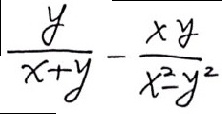
\frac { y } { x + y } - \frac { x y } { x ^ { 2 } - y ^ { 2 } }